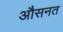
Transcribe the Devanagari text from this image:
औसनत